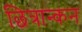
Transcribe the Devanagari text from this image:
छित्रान्कन